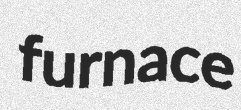
furnace